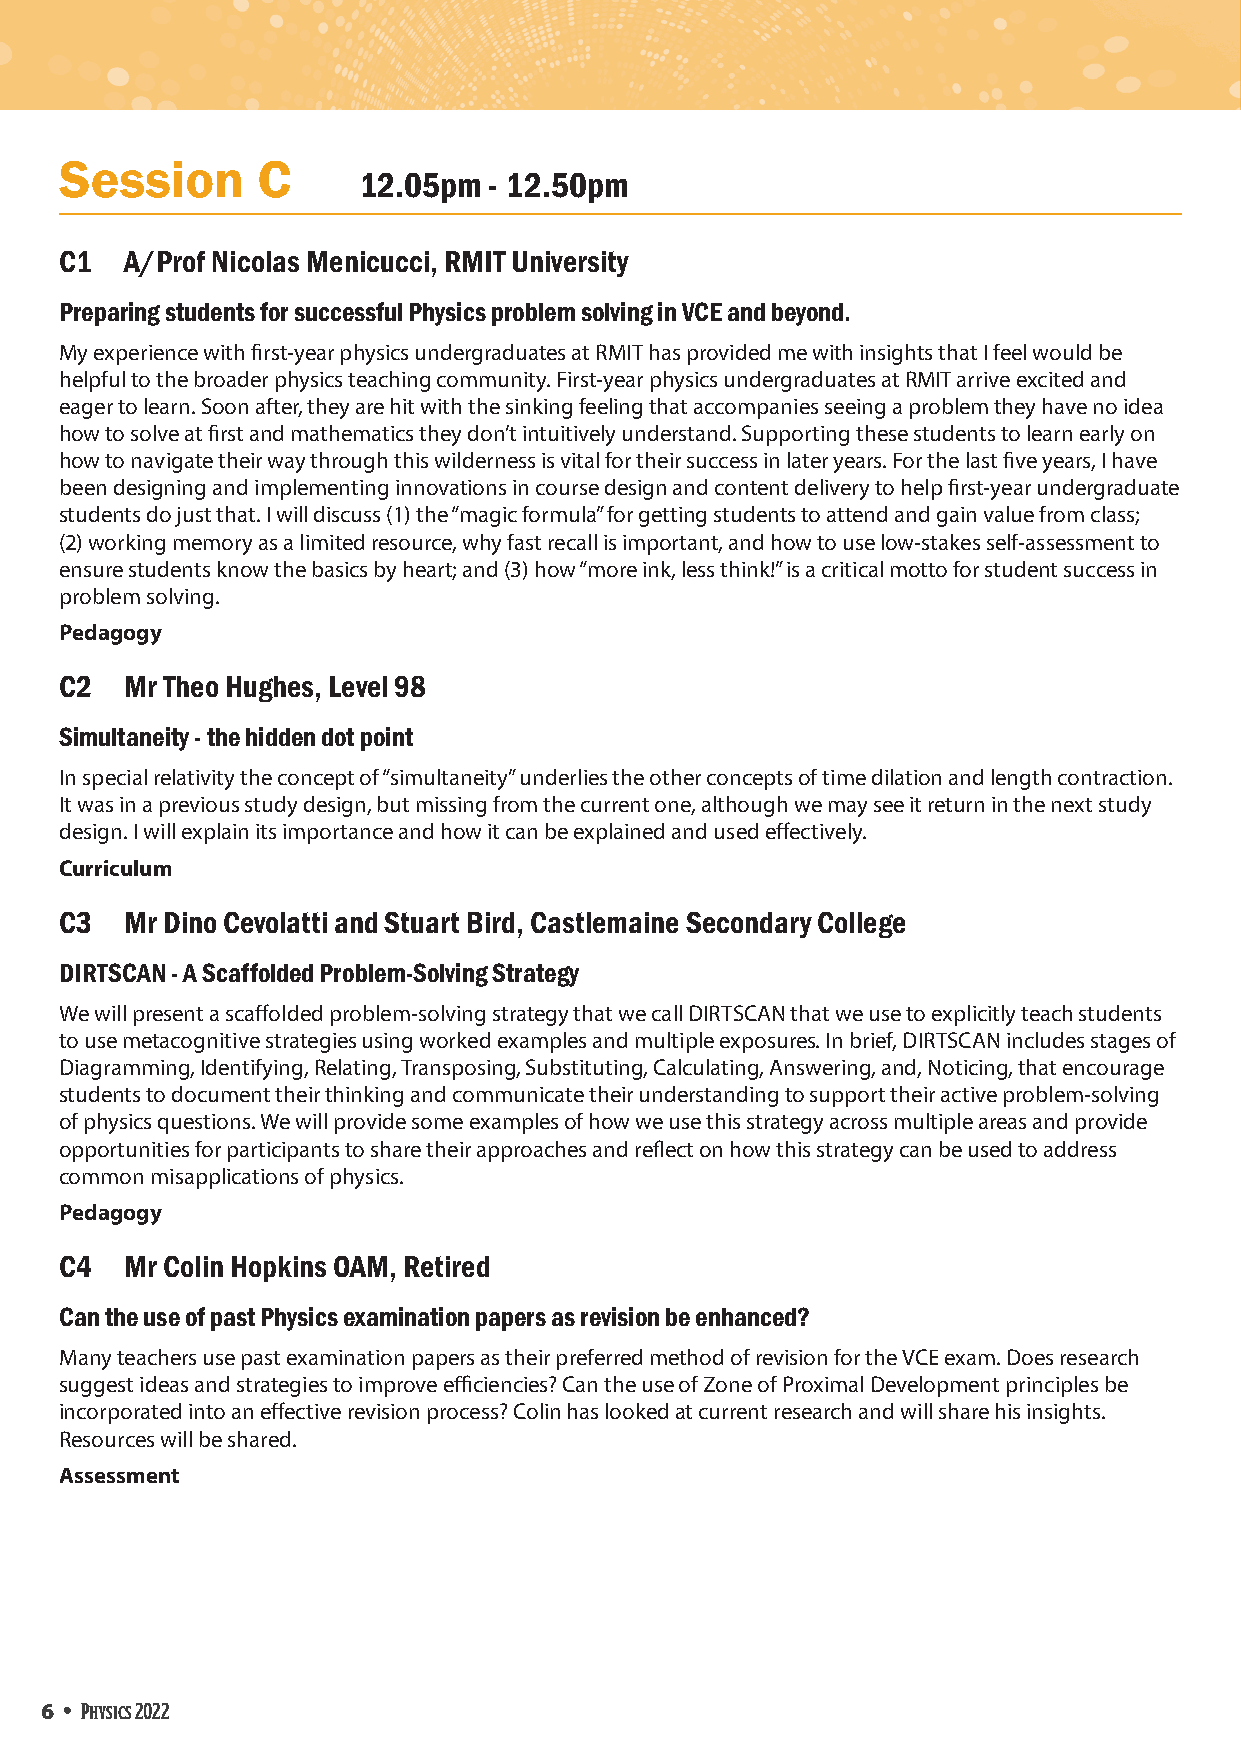
Session      C
 12.05pm - 12.50pm
 C1  A/Prof Nicolas Menicucci, RMIT University
 Preparing students for successful Physics problem solving in VCE and beyond.
 My experience with first-year physics undergraduates at RMIT has provided me with insights that I feel would be
 helpful to the broader physics teaching community. First-year physics undergraduates at RMIT arrive excited and
 eager to learn. Soon after, they are hit with the sinking feeling that accompanies seeing a problem they have no idea
 how to solve at first and mathematics they don’t intuitively understand. Supporting these students to learn early on
 how to navigate their way through this wilderness is vital for their success in later years. For the last five years, I have
 been designing and implementing innovations in course design and content delivery to help first-year undergraduate
 students do just that. I will discuss (1) the “magic formula” for getting students to attend and gain value from class;
 (2) working memory as a limited resource, why fast recall is important, and how to use low-stakes self-assessment to
 ensure students know the basics by heart; and (3) how “more ink, less think!” is a critical motto for student success in
 problem solving.
 Pedagogy
 C2  Mr Theo Hughes, Level 98
 Simultaneity - the hidden dot point
 In special relativity the concept of “simultaneity” underlies the other concepts of time dilation and length contraction.
 It was in a previous study design, but missing from the current one, although we may see it return in the next study
 design. I will explain its importance and how it can be explained and used effectively.
 Curriculum
 C3  Mr Dino Cevolatti and Stuart Bird, Castlemaine Secondary College
 DIRTSCAN - A Scaffolded Problem-Solving Strategy
 We will present a scaffolded problem-solving strategy that we call DIRTSCAN that we use to explicitly teach students
 to use metacognitive strategies using worked examples and multiple exposures. In brief, DIRTSCAN includes stages of
 Diagramming, Identifying, Relating, Transposing, Substituting, Calculating, Answering, and, Noticing, that encourage
 students to document their thinking and communicate their understanding to support their active problem-solving
 of physics questions. We will provide some examples of how we use this strategy across multiple areas and provide
 opportunities for participants to share their approaches and reflect on how this strategy can be used to address
 common misapplications of physics.
 Pedagogy
 C4  Mr Colin Hopkins OAM, Retired
 Can the use of past Physics examination papers as revision be enhanced?
 Many teachers use past examination papers as their preferred method of revision for the VCE exam. Does research
 suggest ideas and strategies to improve efficiencies? Can the use of Zone of Proximal Development principles be
 incorporated into an effective revision process? Colin has looked at current research and will share his insights.
 Resources will be shared.
 Assessment
 6 • Physics 2022